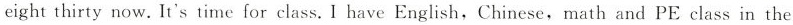
eight thirty now. It's time for class. I have English, Chinese,math and PE class in the